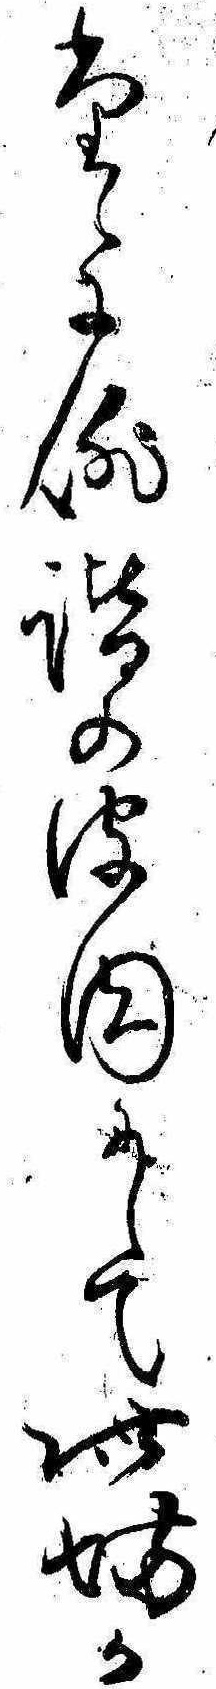
たゞに俳諧の皮肉にして此坊か